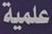
علمية